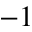
- 1